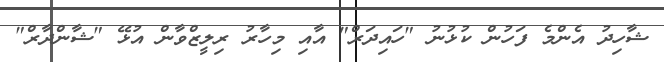
ޝާހިދު އެންމެ ފަހުން ކުޅުނު "ހައިދަރް" އާއި މިހާރު ރިލީޒްވާން އުޅޭ "ޝާންދާރް"